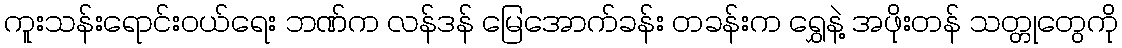
ကူးသန်းရောင်းဝယ်ရေး ဘဏ်က လန်ဒန် မြေအောက်ခန်း တခန်းက ရွှေနဲ့ အဖိုးတန် သတ္တုတွေကို